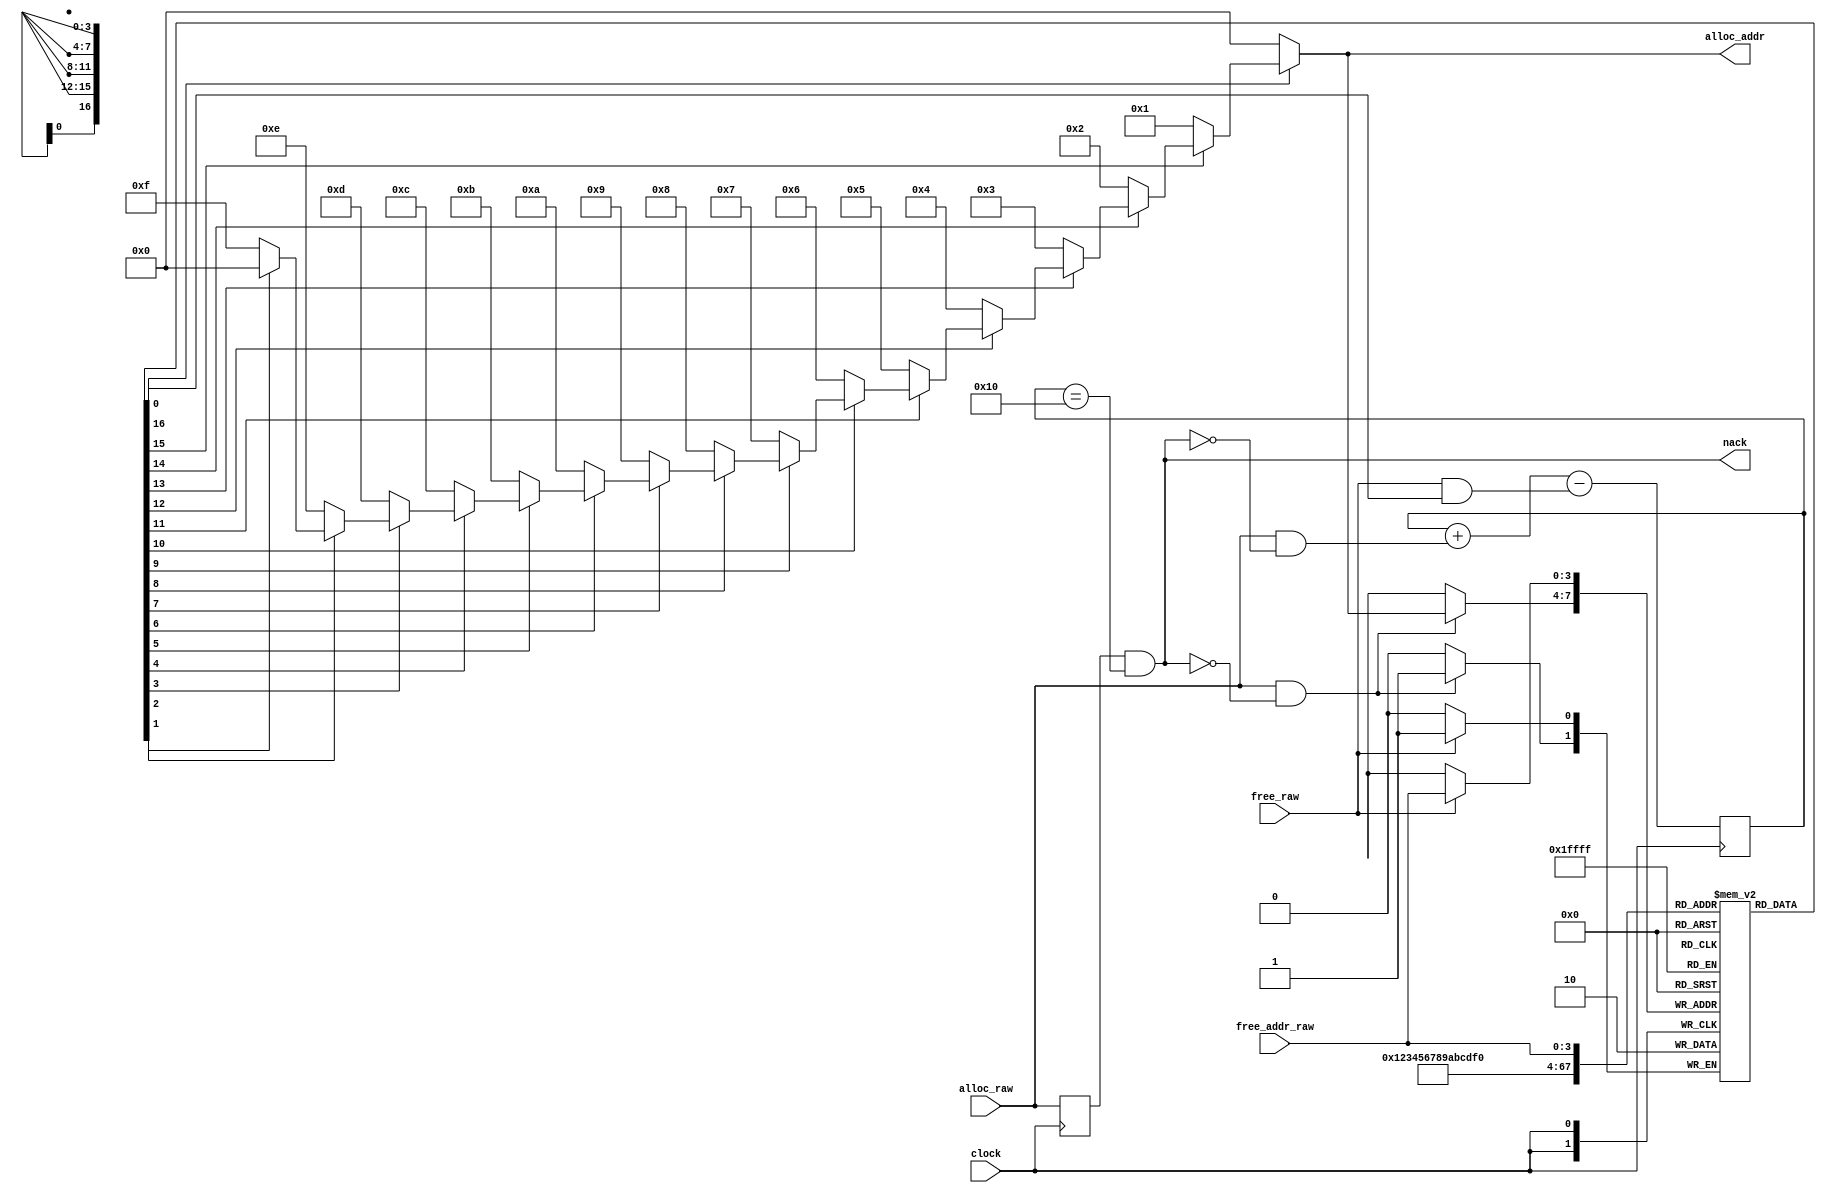
// Buffer allocation model derived from Ken McMillan's.
// The modifications were meant to adapt the description to the requirements
// of vl2mv.
//
//
module buffer_alloc(clock,alloc_raw,nack,alloc_addr,free_raw,free_addr_raw);
    input		     clock;
    input 		     alloc_raw;
    output 		     nack;
    output [(4-1):0] alloc_addr;
    input 		     free_raw;
    input [(4-1):0]  free_addr_raw;

    reg 		     busy [0:(16 - 1)];
    reg [4:0] 	     count;
    reg 		     alloc, free;
    reg [(4-1):0]    free_addr;
    integer 		     i;

    initial begin
	for (i = 0; i < 16; i = i + 1)
	  busy[i] = 0;
	count = 0;
	alloc = 0;
	free = 0;
	free_addr = 0;
    end

    assign nack = alloc & (count == 16);
    assign alloc_addr =
		       ~busy[0] ? 0 :
		       ~busy[1] ? 1 :
		       ~busy[2] ? 2 :
		       ~busy[3] ? 3 :
		       ~busy[4] ? 4 :
		       ~busy[5] ? 5 :
		       ~busy[6] ? 6 :
		       ~busy[7] ? 7 :
		       ~busy[8] ? 8 :
		       ~busy[9] ? 9 :
		       ~busy[10] ? 10 :
		       ~busy[11] ? 11 :
		       ~busy[12] ? 12 :
		       ~busy[13] ? 13 :
		       ~busy[14] ? 14 :
		       ~busy[15] ? 15 :
		       0;

    always @ (posedge clock) begin
	alloc = alloc_raw;
	free = free_raw;
	free_addr = free_addr_raw;
	count = count + (alloc & ~nack) - (free & busy[free_addr]);
	if (free) busy[free_addr] = 0;
	if (alloc & ~nack) busy[alloc_addr] = 1;
    end

endmodule // buffer_alloc